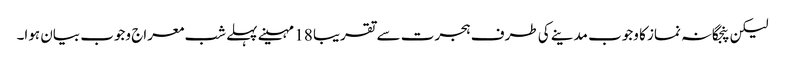
لیکن پنجگانہ نماز کا وجوب مدینے کی طرف ہجرت سے تقریبا 18 مہینے پہلے شب معراج وجوب بیان ہوا۔